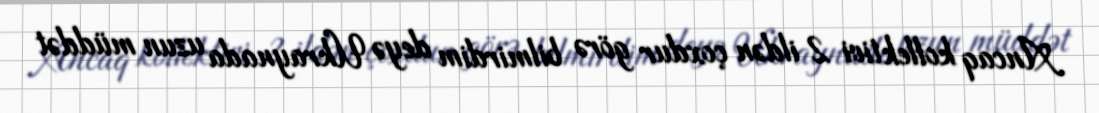
Ancaq kollektivi 2 ildən çoxdur görə bilmirdim deyə Ukraynada uzun müddət